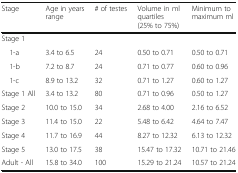
| Stage | Age in years range | # of testes | Volume in ml quartiles (25% to 75%) | Minimum to maximum ml |
 | --- | --- | --- | --- | --- |
 | <COLSPAN=5> Stage 1 |
 | 1-a | 3.4 to 6.5 | 24 | 0.50 to 0.71 | 0.50 to 0.71 |
 | 1-b | 7.2 to 8.7 | 24 | 0.71 to 0.77 | 0.60 to 0.96 |
 | 1-c | 8.9 to 13.2 | 32 | 0.71 to 1.27 | 0.60 to 1.27 |
 | Stage 1 All | 3.4 to 13.2 | 80 | 0.71 to 0.96 | 0.50 to 1.27 |
 | Stage 2 | 10.0 to 15.0 | 34 | 2.68 to 4.00 | 2.16 to 6.52 |
 | Stage 3 | 11.4 to 15.0 | 22 | 5.48 to 6.42 | 4.64 to 7.47 |
 | Stage 4 | 11.7 to 16.9 | 44 | 8.27 to 12.32 | 6.13 to 12.32 |
 | Stage 5 | 13.0 to 17.5 | 38 | 15.47 to 17.32 | 10.71 to 21.46 |
 | Adult - All | 15.8 to 34.0 | 100 | 15.29 to 21.24 | 10.57 to 21.24 |